Plague in India, 1896, 1897 - Volume 3
Year: 1896
Disease focus: Plague
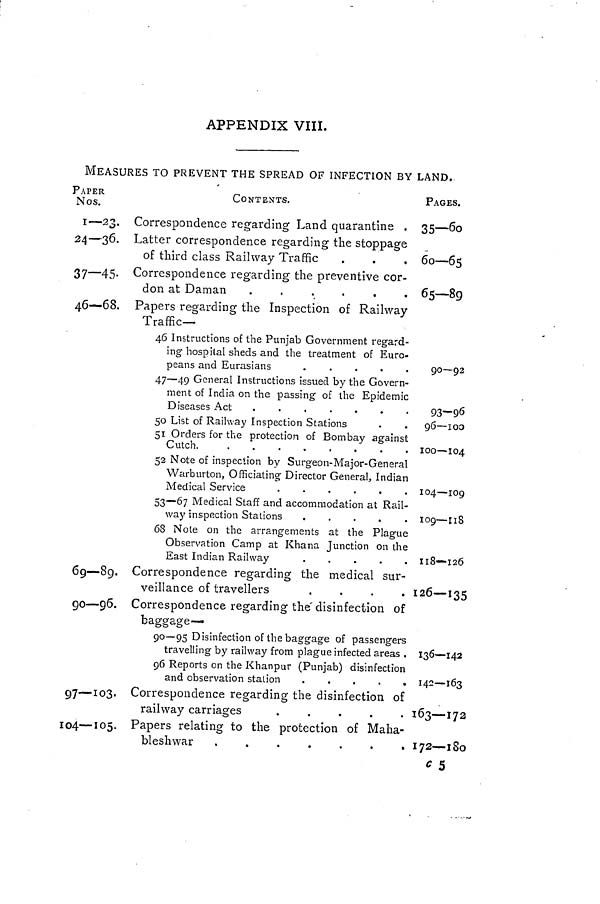
APPENDIX VIII.
MEASURES TO PREVENT THE SPREAD OF INFECTION BY LAND.
PAPER
Nos.
1—23.
24—36.
37—45-
46—68.
CONTENTS.
Correspondence regarding Land quarantine .
Latter correspondence regarding the stoppage
of third class Railway Traffic
.
.
,
Correspondence regarding the preventive cor-
don at Daman
.
.
.
.
.
.
Papers regarding the Inspection of Railway
Traffic—
PAGES.
35—6o
60 — 65
65—89
46 Instructions of the Punjab Government regard-
ing hospital sheds and the treatment of Euro-
peans and Eurasians
.
.
.
.
.
47 — 49 General Instructions issued by the Govern-
ment of India on the passing of the Epidemic
50 List of Railway Inspection Stations
51 Orders for the protection of Bombay against
Cutch.
52 Note of inspection by Surgeon-Major-General
Warburton, Officiating Director General, Indian
Medical Service
53—67 Medical Staff and accommodation at Rail-
way inspection Stations
.
68 Note on the arrangements at the Plague
Observation Camp at Khana Junction on the
East Indian Railway
.
.
.
.
.
90—92
93—96
96 — 100
100—104
104—109
109—118
118—126
469—89.
90 — 96.
97—103.
104—105.
Correspondence regarding the medical sur-
veillance of travellers
.
.
.
. 126 — 135
Correspondence regarding the disinfection of
baggage—
90— 95 Disinfection of the baggage of passengers
travelling by railway from plague infected areas . 136—142
96 Reports on the Khanpur (Punjab) disinfection
Correspondence regarding the disinfection of
railway carriages
.
.
.
.
. 163 — 172
Papers relating to the protection of Maha-
bleshwar
.
.
.
.
.
.
. 172—180
c 5